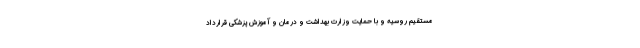
مستقیم روسیه و با حمایت وزارت بهداشت و درمان و آموزش پزشکی قرارداد